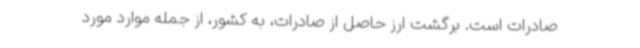
صادرات است. برگشت ارز حاصل از صادرات، به کشور، از جمله موارد مورد